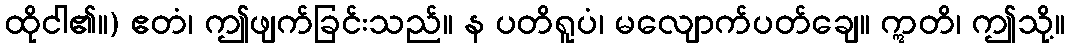
ထိုငါ၏။) ဧတံ၊ ဤဖျက်ခြင်းသည်။ န ပတိရူပံ၊ မလျောက်ပတ်ချေ။ ဣတိ၊ ဤသို့။